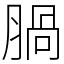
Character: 腡